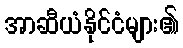
အာဆီယံနိုင်ငံများ၏